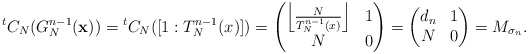
\begin{align*} {^t}C_N ( G_N^{n-1} ( {\bf x} ) ) = {^t}C_N([ 1 : T_N^{n-1}(x) ]) = \left(\begin{matrix}\left\lfloor \frac{N}{T_N^{n-1}(x)} \right\rfloor & 1 \\N & 0 \\\end{matrix}\right) = \left(\begin{matrix}d_n & 1 \\N & 0\\\end{matrix}\right)=M_{\sigma_n}.\end{align*}